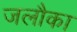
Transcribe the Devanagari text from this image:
जलौका